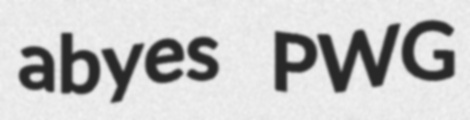
abyes PWG